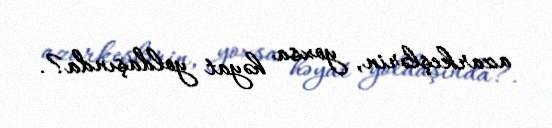
azarkeşlərin, yoxsa həyat yoldaşında?.